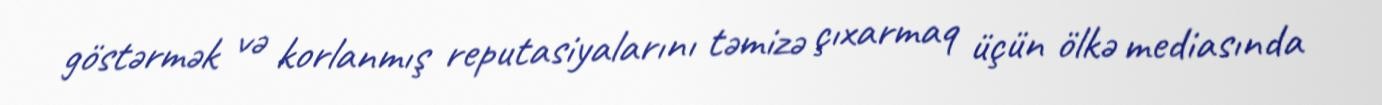
göstərmək və korlanmış reputasiyalarını təmizə çıxarmaq üçün ölkə mediasında